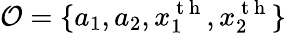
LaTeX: \mathcal{O}=\{ a_{1},a_{2},x_{1}^{\mathrm{~t~h~}},x_{2}^{\mathrm{~t~h~}}\}